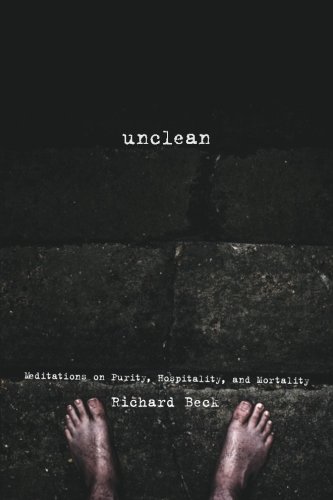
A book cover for Unclean: Meditations on Purity, Hospitality, and Mortality; Richard Beck; Religion & Spirituality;